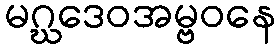
မဂ္ဃဒေဝအမ္ဗဝနေ